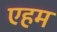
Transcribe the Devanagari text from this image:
एहम